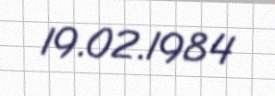
19.02.1984